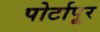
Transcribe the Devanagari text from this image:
पोर्टापूर